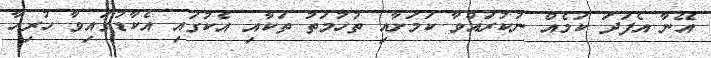
އޭނާ އެފަދަ ކަމެއް ނުކުރައްވާ ކަމަށާއި ތުހުމަތު ތަކާއި އެކުގައި އެކާޑުގައިވާ ހުރިހާ